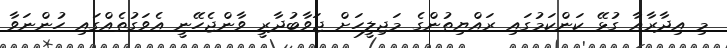
މި އިދާރާއާ ގުޅޭ ކަންކަމުގައި ރައްޔިތުންގެ މަޖިލީހަށް ޖަވާބުދާރީ ވާންޖެހޭނީ އެވަގުތެއްގައި ހުންނަވާ